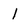
Character: 1